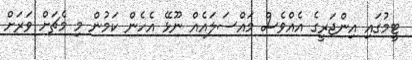
ޓީމުގައި އިންޖަރީގެ އެއްވެސް މައްސަލައެއް ނޫޅޭ އެހެން ކަމުން މި މެޗަށް ވަރަށް